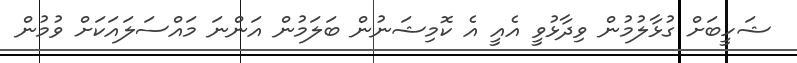
ޝަހީބަށް ގުޅާލުމުން ވިދާޅުވީ އެއީ އެ ކޮމިޝަނުން ބަލަމުން އަންނަ މައްސަލައަކަށް ވުމުން